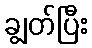
ချွတ်ပြီး